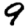
Digit: 9